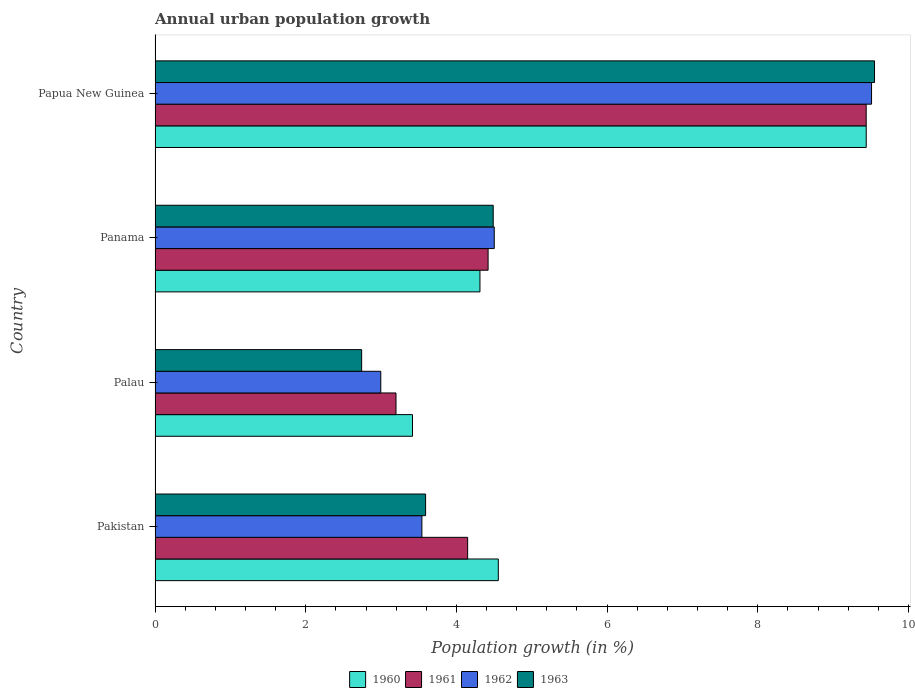
| Country | 1960 | 1961 | 1962 | 1963 |
 | --- | --- | --- | --- | --- |
 | Pakistan | 4.56 | 4.15 | 3.54 | 3.59 |
 | Palau | 3.42 | 3.2 | 3 | 2.74 |
 | Panama | 4.31 | 4.42 | 4.5 | 4.49 |
 | Papua New Guinea | 9.44 | 9.44 | 9.51 | 9.55 |